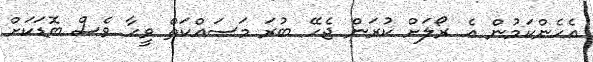
އެހެންކަމުން އެ ރޯލަށް ކުރަން ޖެހޭ ބުރަ މަސައްކަތް ވީހާ ވެސް ބޮޑަކަށް